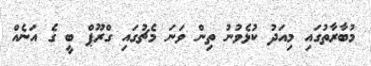
މުބާރާތުގައި މިއަދު ކުޅެވުނު ތިން ވަނަ މެޗުގައި ގްރޫޕް ބީ ގެ އަނެއް